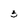
Character: 3